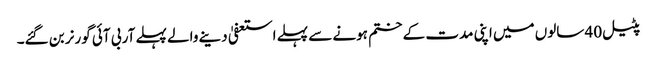
پٹیل 40 سالوں میں اپنی مدت کے ختم ہونے سے پہلے استعفیٰ دینے والے پہلے آر بی آئی گورنر بن گئے۔